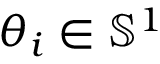
\theta _ { i } \in \mathbb { S } ^ { 1 }